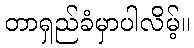
တာရှည်ခံမှာပါလိမ့်။